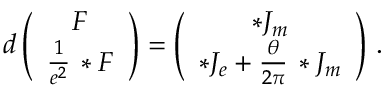
d \left( \begin{array} { c } { { F } } \\ { { \frac { 1 } { e ^ { 2 } } \, * F } } \end{array} \right) = \left( \begin{array} { c } { { * J _ { m } } } \\ { { * J _ { e } + \frac { \theta } { 2 \pi } \, * J _ { m } } } \end{array} \right) \, .